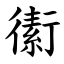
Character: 䘘